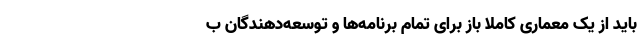
باید از یک معماری کاملا باز برای تمام برنامه‌ها و توسعه‌دهندگان ب